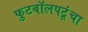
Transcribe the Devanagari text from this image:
फुटबॉलपटूंचा